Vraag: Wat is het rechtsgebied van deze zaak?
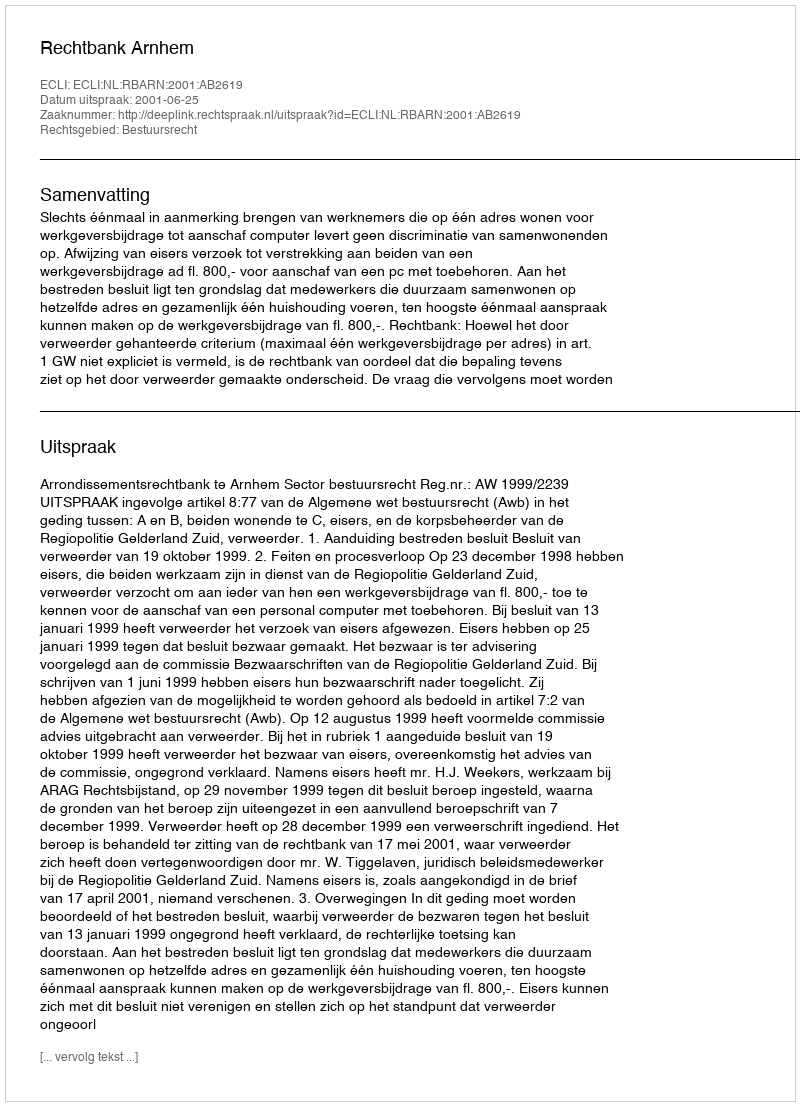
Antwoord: Bestuursrecht